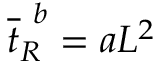
\overline { { t } } _ { R } ^ { \ b } = a L ^ { 2 }